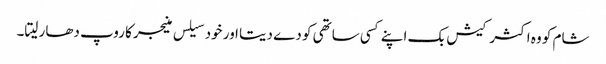
شام کو وہ اکثر کیش بک اپنے کسی ساتھی کو دے دیتا اور خود سیلس منیجر کا روپ دھار لیتا۔